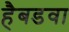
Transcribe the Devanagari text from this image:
हैबडवा